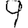
Digit: 9